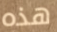
هذه